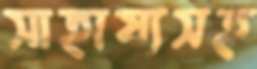
সাহায্যসহ